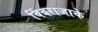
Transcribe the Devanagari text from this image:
बिंबराजाके